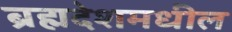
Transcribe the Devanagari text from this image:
ब्रह्मदेशमधील